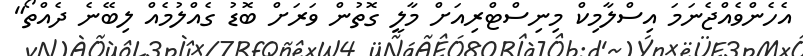
އެހެންވެއްޖެނަމަ އިސްލާމިކް މިނިސްޓްރިއަށް މާލީ ގޮތުން ވަރަށް ބޮޑު ގެއްލުމެއް ލިބޭނެ ދެއްތޯ"